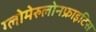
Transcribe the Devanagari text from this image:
ग्लोमेरुलोनफ्राइटिस